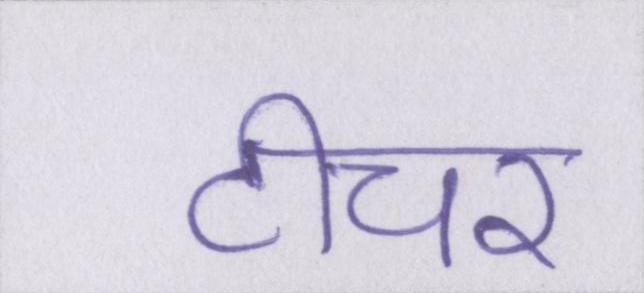
टीचर